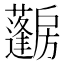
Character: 𱟨